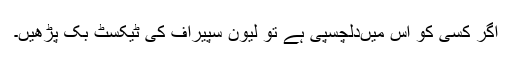
اگر کسی کو اس میں‌دلچسپی ہے تو لیون سپیراف کی ٹیکسٹ بک پڑھیں۔